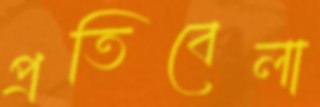
প্রতিবেলা